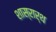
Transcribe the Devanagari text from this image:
शास्रार्थ